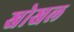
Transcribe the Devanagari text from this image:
खोखल